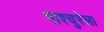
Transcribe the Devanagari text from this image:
पाश्चुरेला